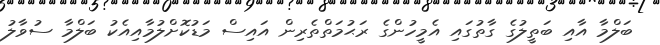
ބަލްމާ އާއި ބަތީލުގެ ގާތުގައި އެމީހުންގެ ރަޙުމަތްތެރިން އައިސް މަޑުކޮށްލުމާއިއެކު ބަލްމާ ސުވާލު